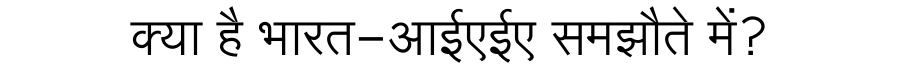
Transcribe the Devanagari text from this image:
क्या है भारत-आईएईए समझौते में?